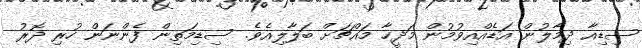
ސިޑިއާ ދިމާލުން އަޑެއްއިވުމުން މަދީހާ މައްޗަށް ބަލާލިއެވެ. ސިޑިމަތިން ފެންނަން ހުރި ދޮރު